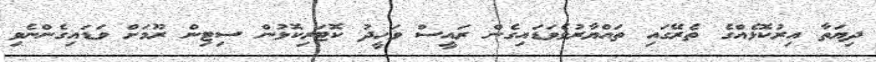
ދިޔަތާ އިރުކޮޅެއްގެ ތެރޭގައި ތައްޔާރުވެވަޑައިގެން ރައީސް ވަހީދު ކޮޓަރިކޮޅުން ސިޓިން ރޫމަށް ވަޑައިގެންނެވި